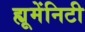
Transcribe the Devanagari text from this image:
ह्यूमेंनिटी